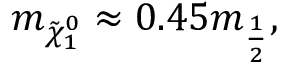
m _ { \tilde { \chi } _ { 1 } ^ { 0 } } \approx 0 . 4 5 m _ { \frac { 1 } { 2 } } ,